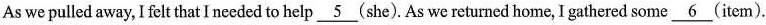
As we pulled away,I felt that I needed to help \underline{5} (she). As wereturned home, I gathered some \underline{6} (item).